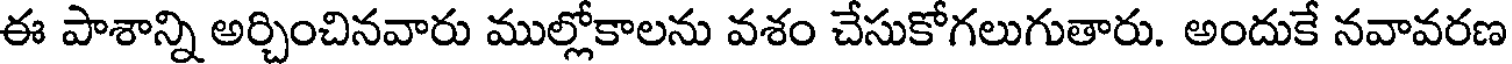
ఈ పాశాన్ని అర్చించినవారు ముల్లోకాలను వశం చేసుకోగలుగుతారు. అందుకే నవావరణ